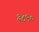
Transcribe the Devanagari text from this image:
३८९०